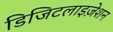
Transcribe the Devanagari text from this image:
डिजिटलाइज़ेशन